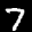
Label: 7